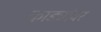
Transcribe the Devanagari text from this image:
काड्यांवर